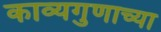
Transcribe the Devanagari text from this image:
काव्यगुणाच्या